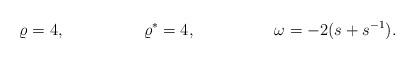
LaTeX: \begin{align*} \varrho &= 4, & \varrho^* &= 4,& \omega &= -2 (s+s^{-1}).\end{align*}